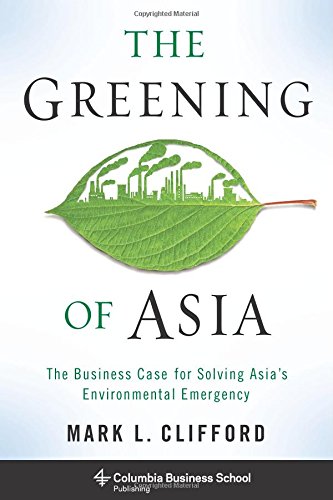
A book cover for The Greening of Asia: The Business Case for Solving Asia's Environmental Emergency (Columbia Business School Publishing); Mark L. Clifford; Business & Money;